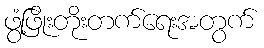
ဖွံ့ဖြိုးတိုးတက်ရေးအတွက်